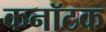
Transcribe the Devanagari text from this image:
कनॉटक